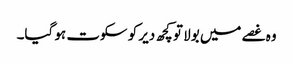
وہ غصے میں بولا تو کچھ دیر کو سکوت ہو گیا۔